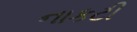
નાકટી